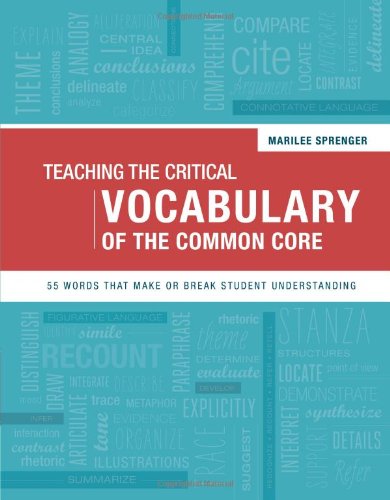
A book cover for Teaching the Critical Vocabulary of the Common Core: 55 Words That Make or Break Student Understanding; Marilee Sprenger; Education & Teaching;